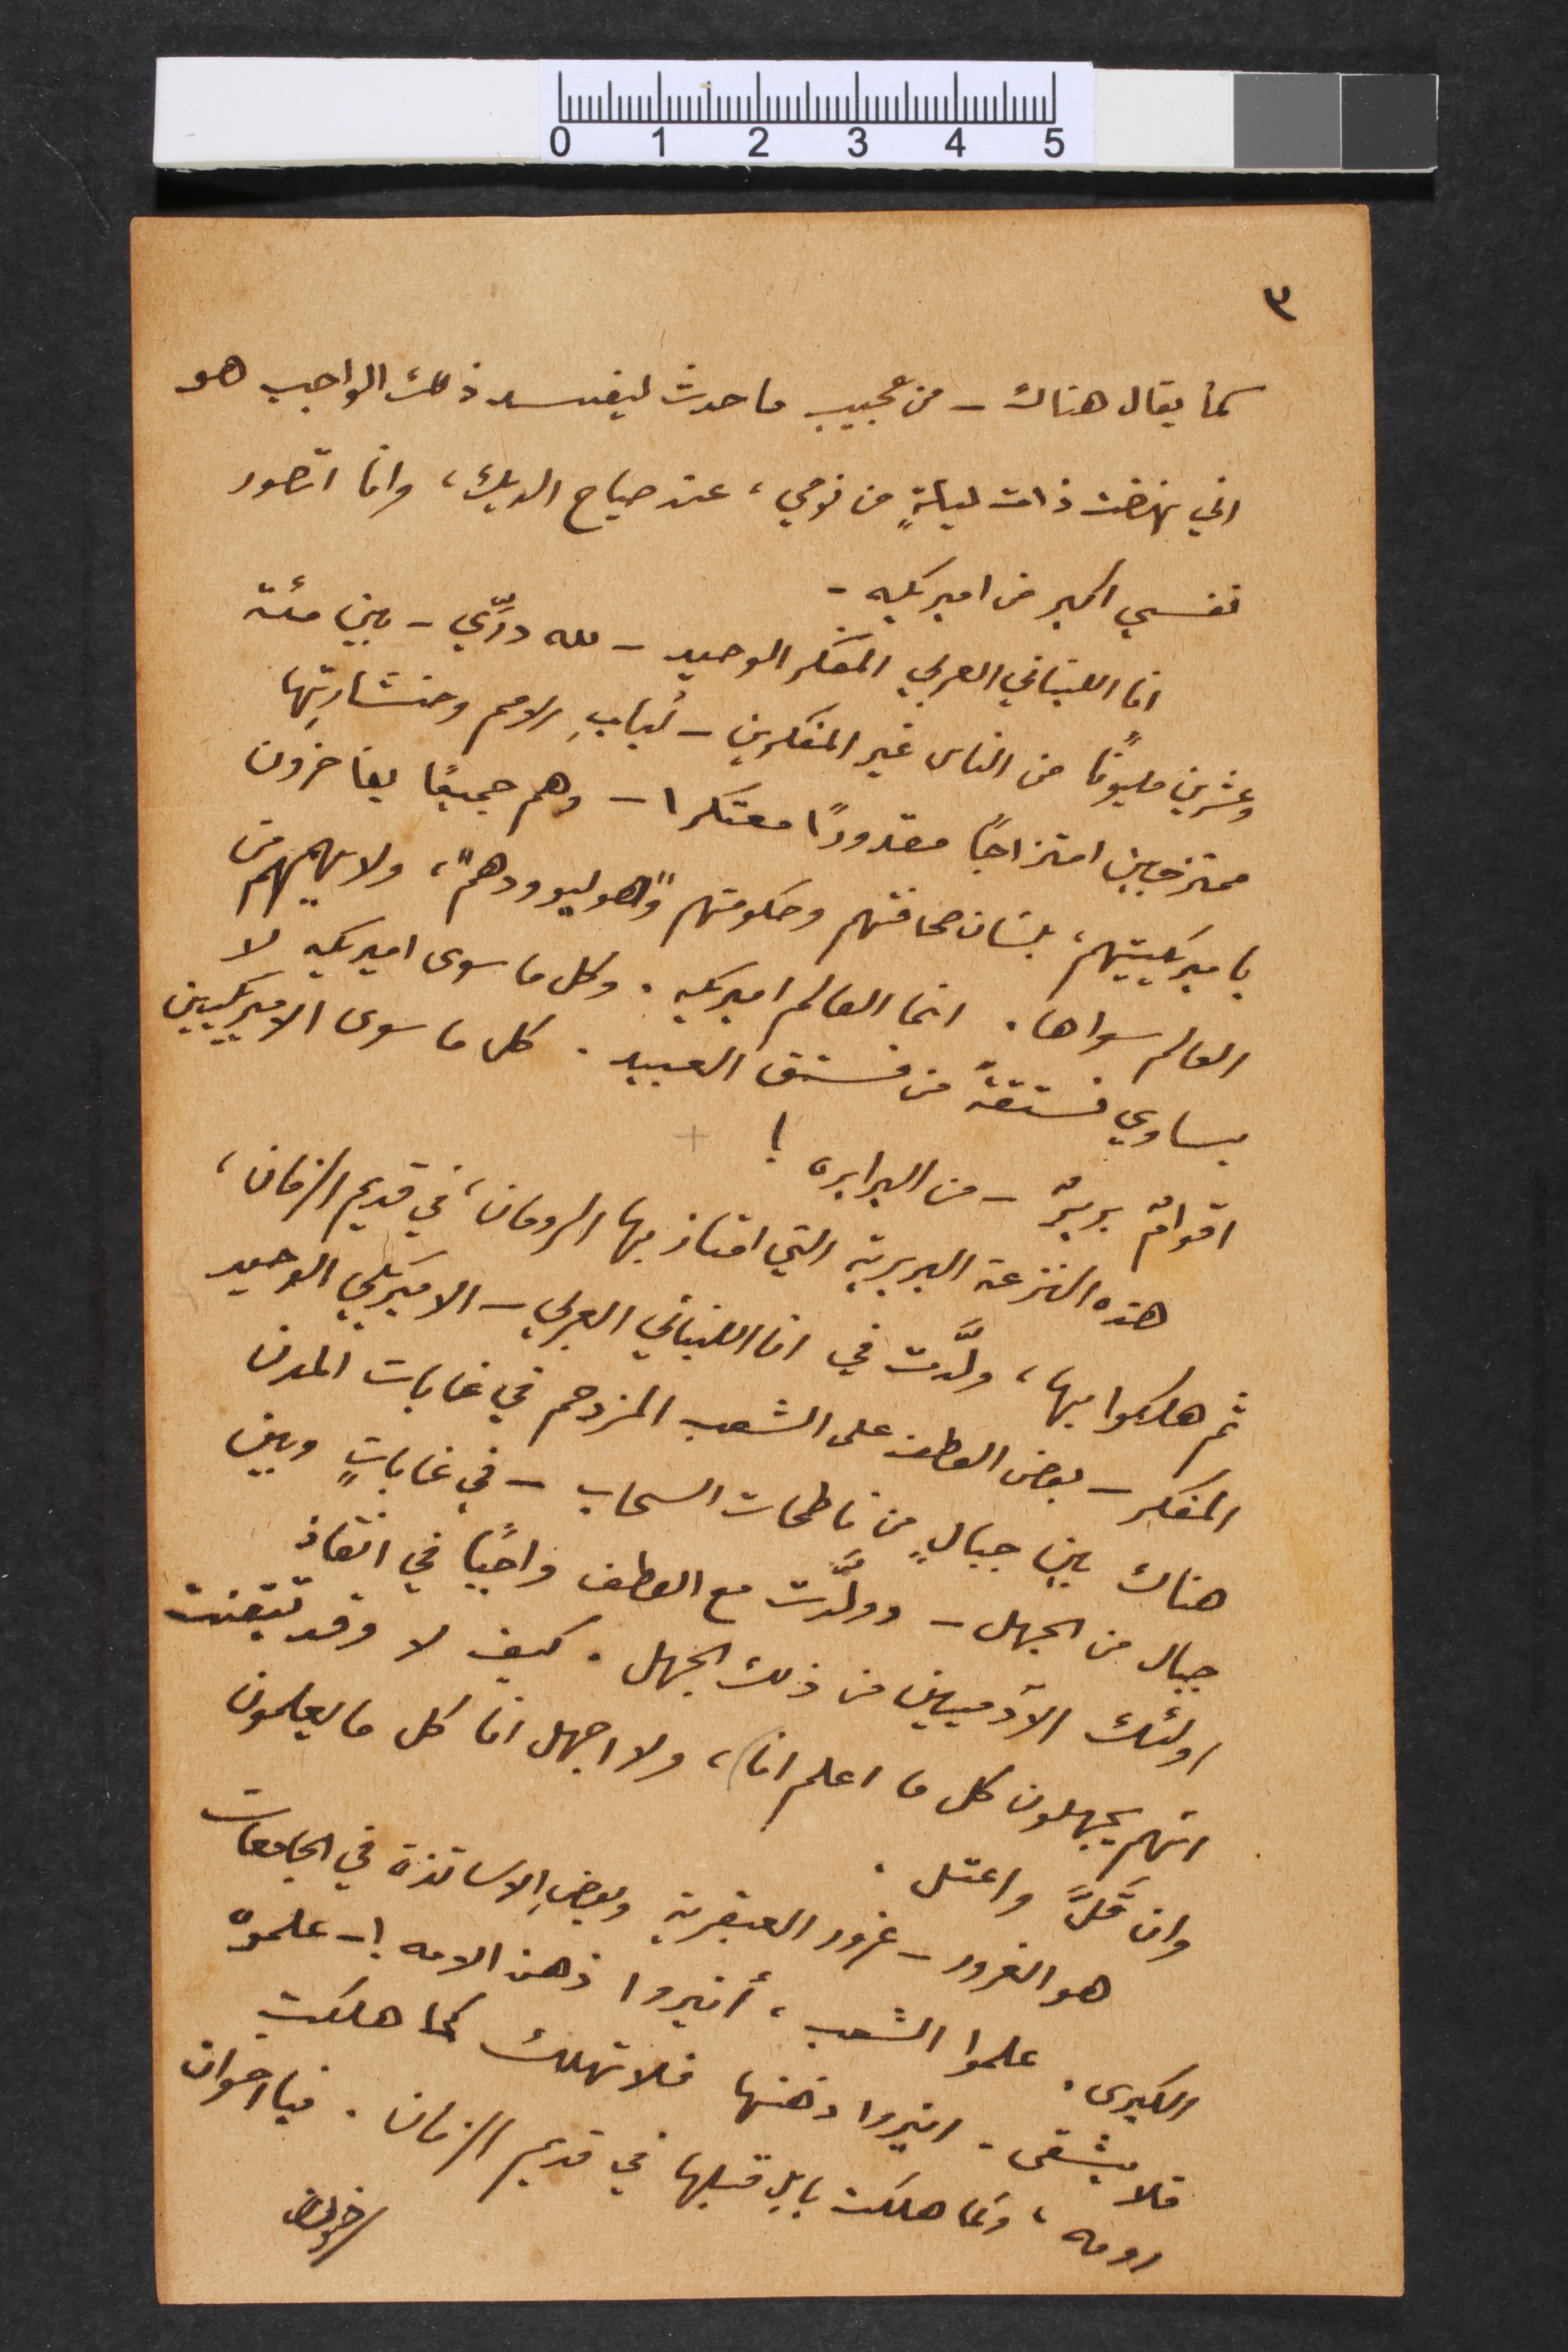
٣
كما يقال هناك – من عجيب ما حدث ليفسد ذلك والواجب هو
اني نهضت ذات ليلةٍ من نومي، عند صياح الديك، وانا اتصور
نفسي اكبر من اميريكه –
انا اللبناني العربي المفكر الوحيد - لله درِّي – بين مئة
وعشرين مليوناً من الناس غير المفكرين – أربابِ الامم ومنشارتها
ممتزجين امتزاجاً مقدوراً معتكرا – وهم جميعاً يفاخرون
باميركيتيهم، بلسَان صحافتهم وحكومتهم "وهوليوودهم"، ولا يهمهم من
العالم سواها. انما العالم اميريكه. وكل ما سوى اميريكه لا
يساوي فستقةٌ من فستق العبيد. كل ما سوى الاميريكيين
اقوامٌ بربرٌ من البرابره !
هذه النزعة البربرية التي امتاز بها الرومان، في قديم الزمان،
ثم هلكوا بها، ولَّدت في انا اللبناني العربي – الاميريكي الوحيد
المفكر – بعض العطف على الشعب المزدحم في غابات المدن
هناك بين جبالٍ من ناطحات السحاب – في غاباتٍ وبين
جبال من الجهل – وولّدت مع العطف واجباً في انقاذ
اولئك الآدميين من ذلك الجهل. كيف لا وقد تيقنت
انهم يجهلون كل ما اعلم انا، ولا اجهل انا كل ما يعلمون
وان قَلَّ واعتل.
هو الغرور – غرور العبقرية وبعضِ الاساتذة في الجامعات
الكبرى. علموا الشعب، أنيروا ذهن الامه ! – علموه
فلا يشقى – انيروا ذهنها فلا تهلك كما هلكت
رومه، وكما هلكت بابل قبلها في قديم الزمان. فيا اخوان
ضون